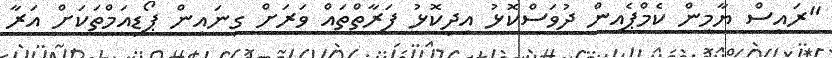
"ރައީސް ޔާމިން ކެމްޕެއިން ދުވަސްކޮޅު އިދިކޮޅު ފަރާތްތައް ވަރަށް ގިނައިން ޕޯޑިއަމްތަކަށް އަރާ